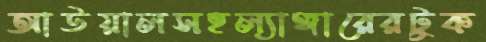
আউয়ালসহল্যাঙ্গারেরটুক